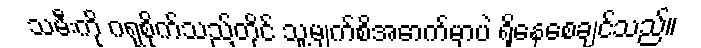
သမီးကို ဂရုစိုက်သည့်တိုင် သူ့မျက်စိအောက်မှာပဲ ရှိနေစေချင်သည်။